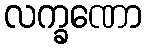
လက္ခဏော